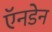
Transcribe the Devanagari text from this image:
ऍनडेन